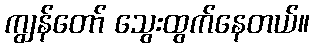
ကျွန်တော် သွေးထွက်နေတယ်။